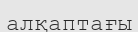
алқаптағы